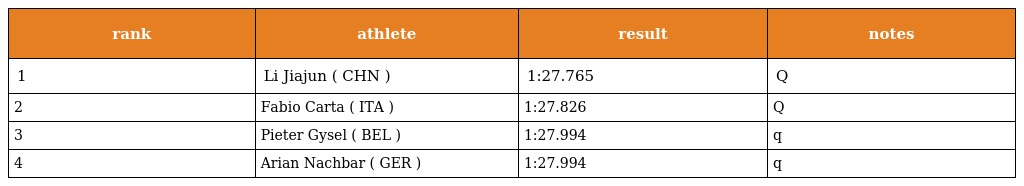
| rank | athlete | result | notes |
 | --- | --- | --- | --- |
 | 1 | Li Jiajun ( CHN ) | 1:27.765 | Q |
 | 2 | Fabio Carta ( ITA ) | 1:27.826 | Q |
 | 3 | Pieter Gysel ( BEL ) | 1:27.994 | q |
 | 4 | Arian Nachbar ( GER ) | 1:27.994 | q |